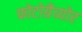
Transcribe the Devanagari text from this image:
फोटोग्रैव्योर